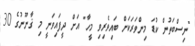
"ނިސްބަތުން ކުޑަ މިންވަރަކަށް ބައިވެރިވި މީހާ" އަށް ދީފައިވަނީ މި ޤާނޫނުގެ 30